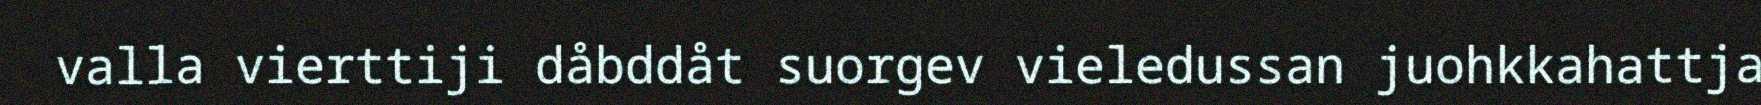
valla vierttiji dåbddåt suorgev vieledussan juohkkahattja